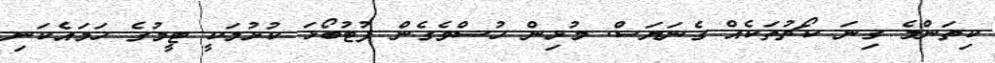
ކިތަންމެ ގިނަ ކޯޗުތަކެއް ގެނަޔަސް. މުޅިން ހުސްވެގެން ފުޓުބޯޅަ ކުޅުމަކީ ޓީމުގެ ހަމައެކަނި